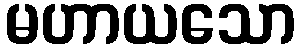
မဟာယသော